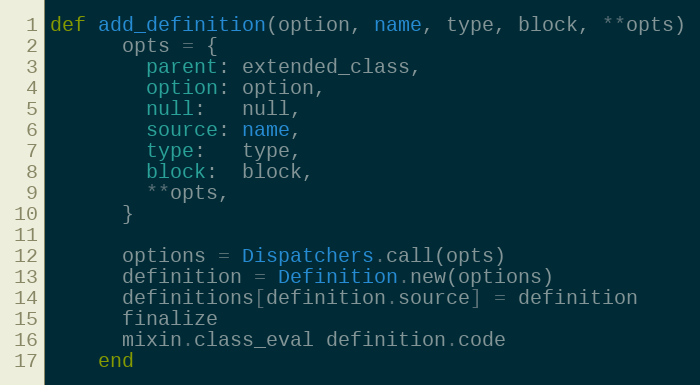
Language: Ruby
def add_definition(option, name, type, block, **opts)
      opts = {
        parent: extended_class,
        option: option,
        null:   null,
        source: name,
        type:   type,
        block:  block,
        **opts,
      }

      options = Dispatchers.call(opts)
      definition = Definition.new(options)
      definitions[definition.source] = definition
      finalize
      mixin.class_eval definition.code
    end